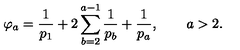
\varphi _ { a } = \frac { 1 } { p _ { 1 } } + 2 \sum _ { b = 2 } ^ { a - 1 } \frac { 1 } { p _ { b } } + \frac { 1 } { p _ { a } } , \qquad a > 2 .